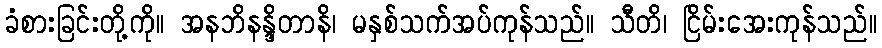
ခံစားခြင်းတို့ကို။ အနဘိနန္ဒိတာနိ၊ မနှစ်သက်အပ်ကုန်သည်။ သီတိ၊ ငြိမ်းအေးကုန်သည်။